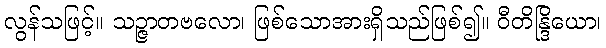
လွန်သဖြင့်။ သဉ္ဇာတဗလော၊ ဖြစ်သောအားရှိသည်ဖြစ်၍။ ဝီတိန္ဒြိယော၊